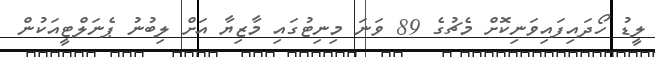
ލީޑު ހޯދައިފައިވަނިކޮށް މެޗުގެ 89 ވަނަ މިނިޓުގައި މާޒިޔާ އަށް ލިބުނު ޕެނަލްޓީއަކުން